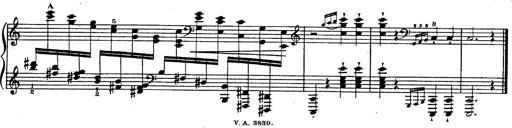
Title: Fantasie Ã¼ber Themen aus Mozarts Figaro und Don Giovanni
Composer: Franz Liszt